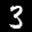
Label: 3